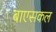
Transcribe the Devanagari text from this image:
बाएसकल